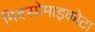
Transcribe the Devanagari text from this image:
मिक्सोमाइकोटा